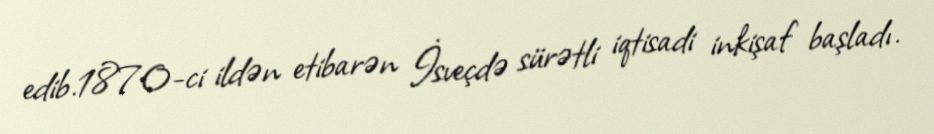
edib.1870-ci ildən etibarən İsveçdə sürətli iqtisadi inkişaf başladı.